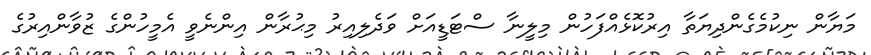
މަޔާން ނިކުމެގެންދިޔަތާ އިރުކޮޅެއްފަހުން މިލީނާ ސްޓަޑީއަށް ވަދެލިއިރު މިޙުރާން އިންނެވީ އެމީހުންގެ ޒުވާންއިރުގެ